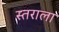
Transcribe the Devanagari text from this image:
स्तराला